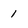
Character: 1